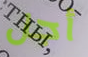
أجل